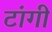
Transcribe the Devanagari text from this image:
टांगी